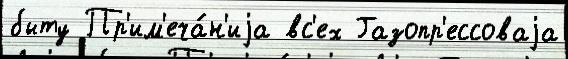
быту Пр'им'еча́н'иjа вс'ех Газопр'ессоваjа